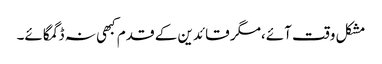
مشکل وقت آئے،مگر قائدین کے قدم کبھی نہ ڈگمگائے۔